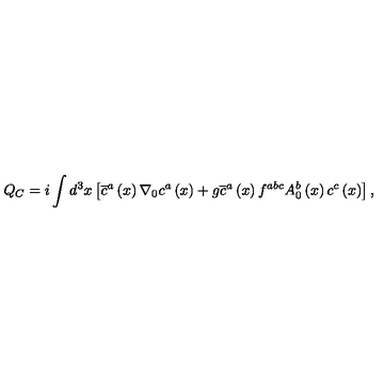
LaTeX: Q _ { C } = i \int d ^ { 3 } x \left[ \overline { { c } } ^ { a } \left( x \right) \nabla _ { 0 } c ^ { a } \left( x \right) + g \overline { { c } } ^ { a } \left( x \right) f ^ { a b c } A _ { 0 } ^ { b } \left( x \right) c ^ { c } \left( x \right) \right] ,